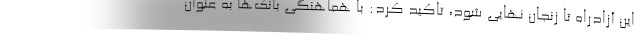
این آزادراه تا زنجان نهایی شود، تاکید کرد: با هماهنگی بانک‌ها به عنوان